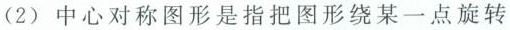
(2)中心对称图形是指把图形绕某一点旋转